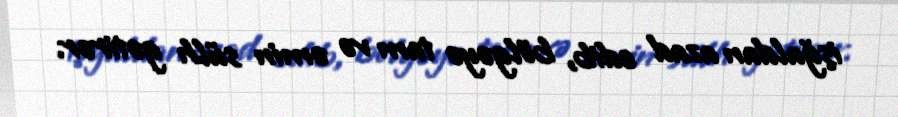
işğaldan azad edib, bölgəyə tam və əmin sülh gətirər.